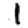
Digit: 1